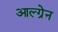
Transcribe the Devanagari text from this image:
आल्ग्रेन